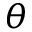
\theta